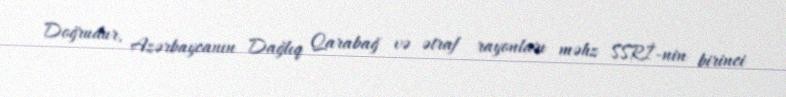
Doğrudur, Azərbaycanın Dağlıq Qarabağ və ətraf rayonları məhz SSRİ-nin birinci